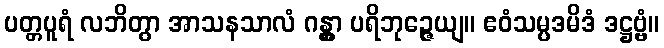
ပတ္တပူရံ လဘိတွာ အာသနသာလံ ဂန္တွာ ပရိဘုဉ္ဇေယျ။ ဧဝံသမ္ပဒမိဒံ ဒဋ္ဌဗ္ဗံ။